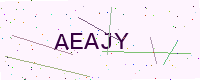
Text: AEAJY